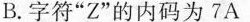
B. 字符“Z”的内码为 7A